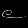
Digit: ၉